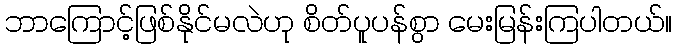
ဘာကြောင့်ဖြစ်နိုင်မလဲဟု စိတ်ပူပန်စွာ မေးမြန်းကြပါတယ်။